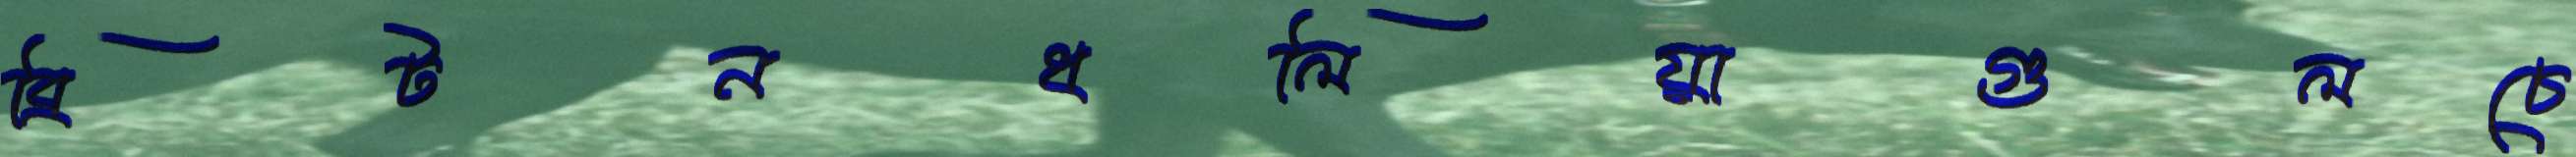
ব্রিটনধলিয়াগুলচে